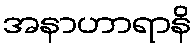
အနာဟာရာနိ